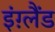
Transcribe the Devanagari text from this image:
इंग़्लैंड